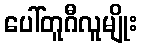
ပေါ်တူဂီလူမျိုး